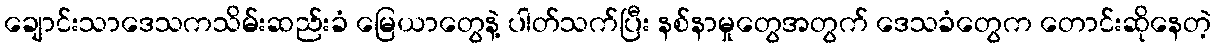
ချောင်းသာဒေသကသိမ်းဆည်းခံ မြေယာတွေနဲ့ ပါတ်သက်ပြီး နစ်နာမှုတွေအတွက် ဒေသခံတွေက တောင်းဆိုနေတဲ့